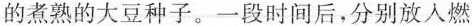
的煮熟的大豆种子。一段时间后，分别放入燃